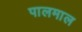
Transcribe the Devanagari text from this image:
पालमाल